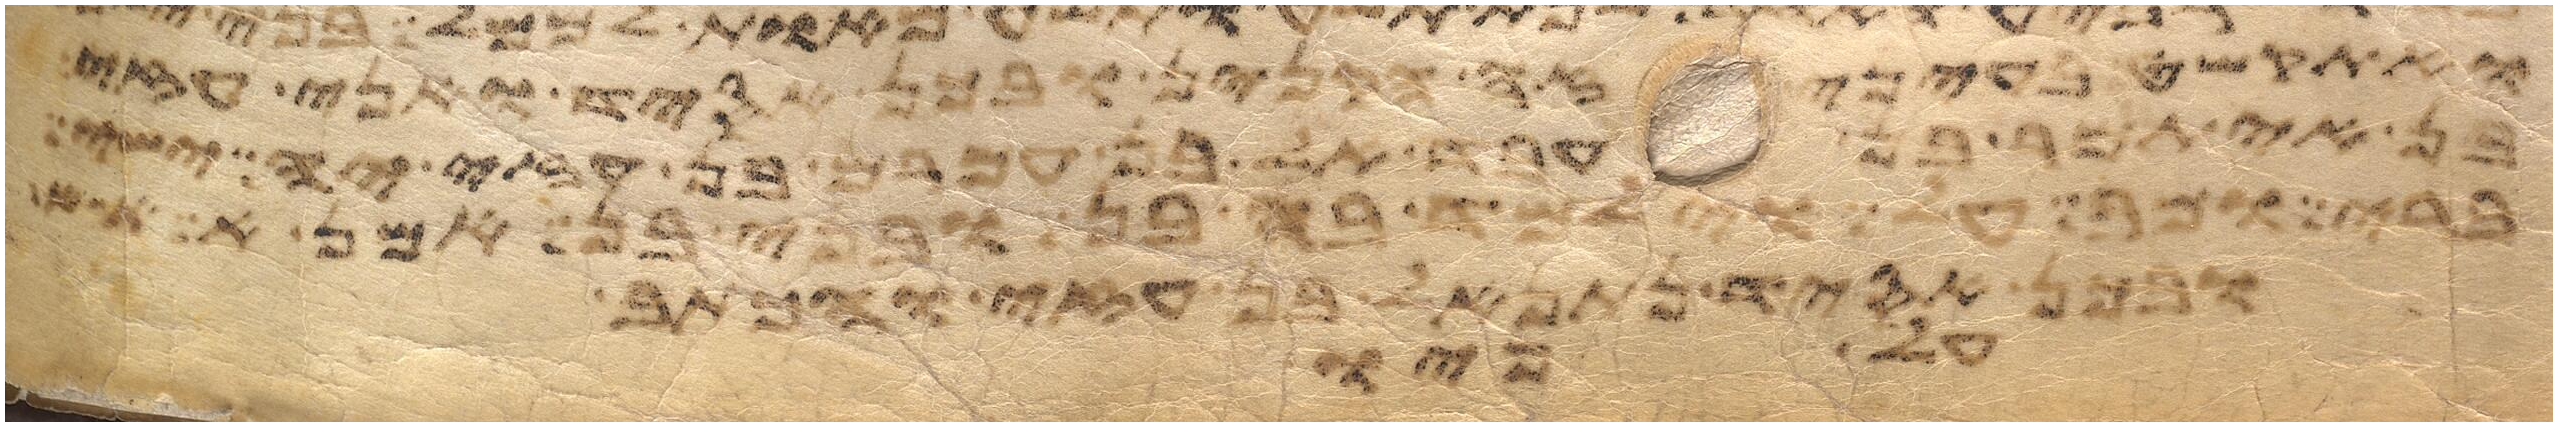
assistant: ואקל בעיניה ישפט יהוה ביני ובינך ויאמר
לא תכרת להם ולאלהיהם ברית לא ישבו
יביט ומדוע לא יראתם לדבר בעבדי במשה
תבן אין נתן לעבדיך ולבנים
עליו